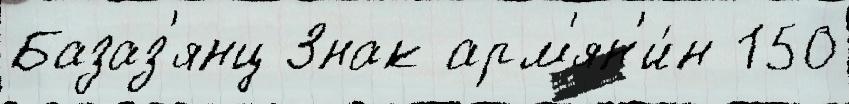
Базаз'янц Знак арм'ян'и́н 150